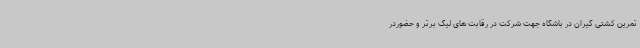
تمرین کشتی گیران در باشگاه جهت شرکت در رقابت های لیگ برتر و حضوردر